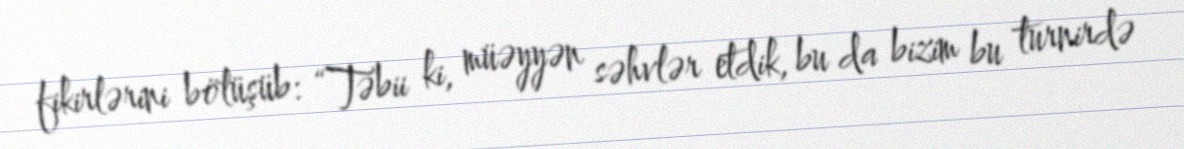
fikirlərini bölüşüb: “Təbii ki, müəyyən səhvlər etdik, bu da bizim bu turnirdə